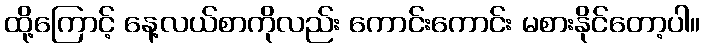
ထို့ကြောင့် နေ့လယ်စာကိုလည်း ကောင်းကောင်း မစားနိုင်တော့ပါ။